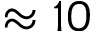
\approx 1 0